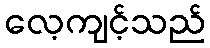
လေ့ကျင့်သည်